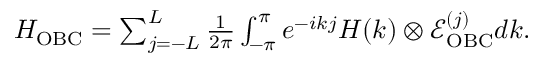
\begin{array} { r } { H _ { \mathrm { O B C } } = \sum _ { j = - L } ^ { L } \frac { 1 } { 2 \pi } \int _ { - \pi } ^ { \pi } e ^ { - i k j } H ( k ) \otimes \mathcal { E } _ { \mathrm { O B C } } ^ { ( j ) } d k . } \end{array}